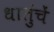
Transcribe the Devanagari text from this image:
धातुंचें